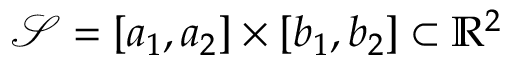
\mathcal { S } = [ a _ { 1 } , a _ { 2 } ] \times [ b _ { 1 } , b _ { 2 } ] \subset \mathbb { R } ^ { 2 }